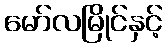
မော်လမြိုင်နှင့်